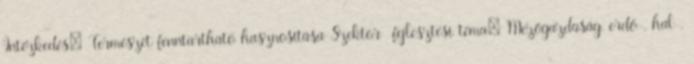
Intézkedés: Természet fenntartható hasznosítása Szektor fejlesztési téma: Mezőgazdaság, erdő-, hal-,